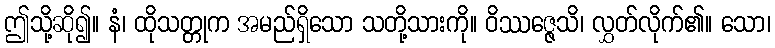
ဤသို့ဆို၍။ နံ၊ ထိုသတ္တုက အမည်ရှိသော သတို့သားကို။ ဝိဿဇ္ဇေသိ၊ လွှတ်လိုက်၏။ သော၊